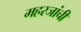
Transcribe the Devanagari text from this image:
महरजांची